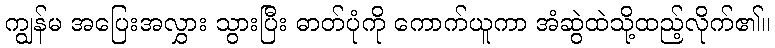
ကျွန်မ အပြေးအလွှား သွားပြီး ဓာတ်ပုံကို ကောက်ယူကာ အံဆွဲထဲသို့ထည့်လိုက်၏။